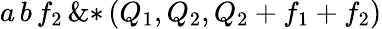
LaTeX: {a}\, {b}\, {{f}_{2}}\, \mathrm{\& *}\left(\! \, {{Q}_{1}},{{Q}_{2}},{{Q}_{2}}+{{f}_{1}}+{{f}_{2}}\, \! \right)